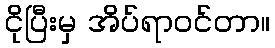
ငိုပြီးမှ အိပ်ရာဝင်တာ။